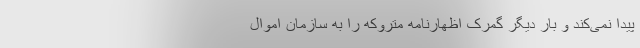
پیدا نمی‌کند و بار دیگر گمرک اظهارنامه متروکه را به سازمان اموال